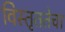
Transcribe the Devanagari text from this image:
विस्तृततेचा